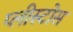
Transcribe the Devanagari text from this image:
प्लीस्टोस